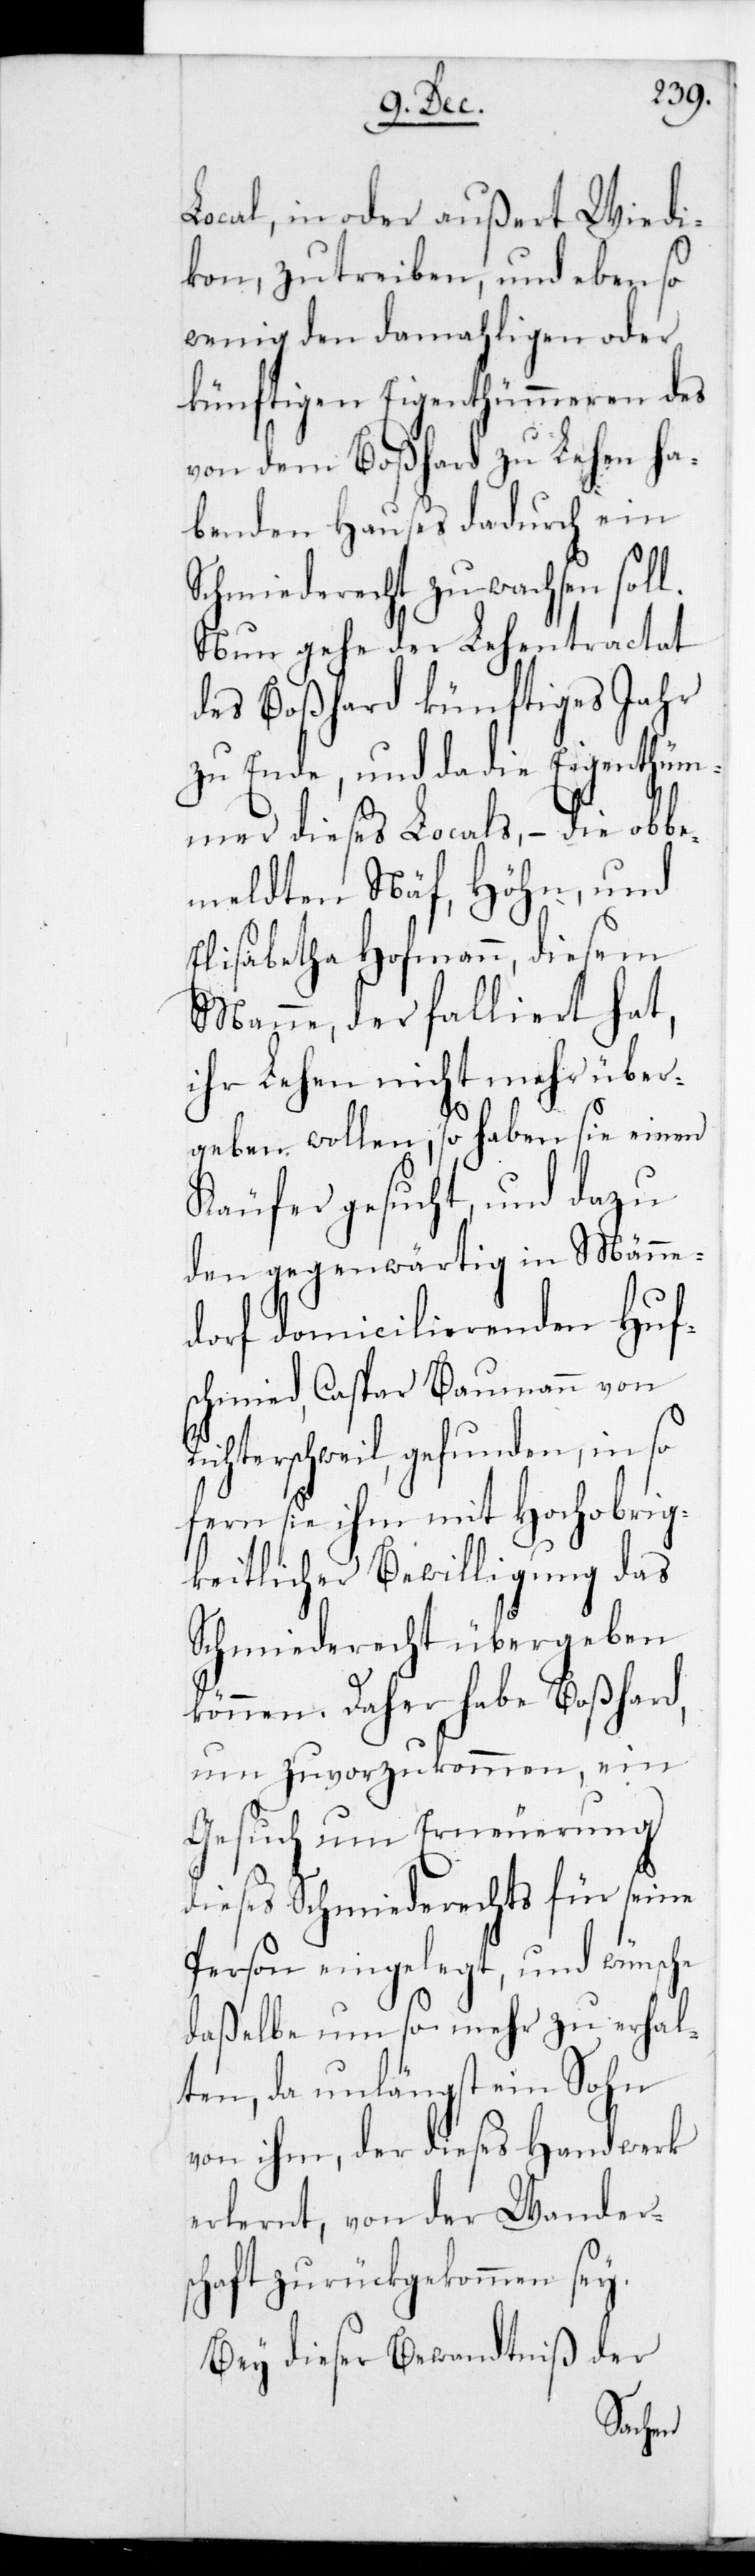
Local, in oder außert Wied¬
ikon, zu treiben, und
wenig den damaligen oder
künftigen Eigenthümeren des
von dem Boßhard zu Lehen ha¬
benden Hauses dadurch ein
Schmiederecht zuwachsen sol¬
Nun gehe der Lehentractat
Jahr
des Boßhard künfti¬
zu Ende, und da die Eigenthüm¬
er dieses Locals, – die obb¬
emeldten Näf, Höhn
Elisabetha Hofmann, diesem
Manne, der falliert hat,
ihr Lehen nicht mehr über¬
geben wollen, so haben sie einen
Käufer gesucht, und dazu
den gegenwärtig in Männe¬
dorf domicilierenden Huf¬
schmied, Caspar Baumannn von
ichterschweil, gefunden, in so
fern sie ihm mit Hochobrig¬
keitlicher Bewilligung das
Schmiederecht übergeben
können. Daher habe Boßhard,
um zuvorzukommen, ein
Gesuch um Erneuerung
dieses Schmiederechts für seine
Person eingelegt, und wünsche
daßelbe um so mehr zu erhal¬
ten, da unlängst ein Sohn
von ihm, der dieses Handwerk
erlernt, von der Wander¬
haft zurückgekommen sei.
sc¬
Bey dieser Bewandtniß der